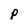
Character: P